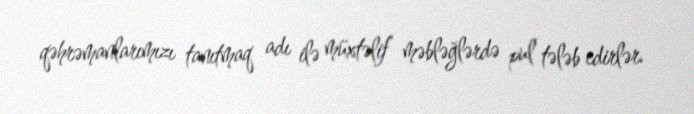
qəhrəmanlarımızı tanıtmaq adı ilə müxtəlif məbləğlərdə pul tələb edirlər.